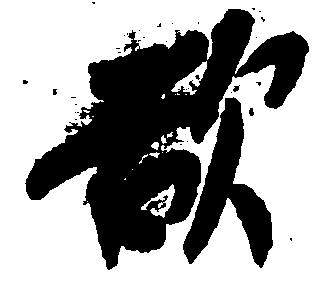
欲